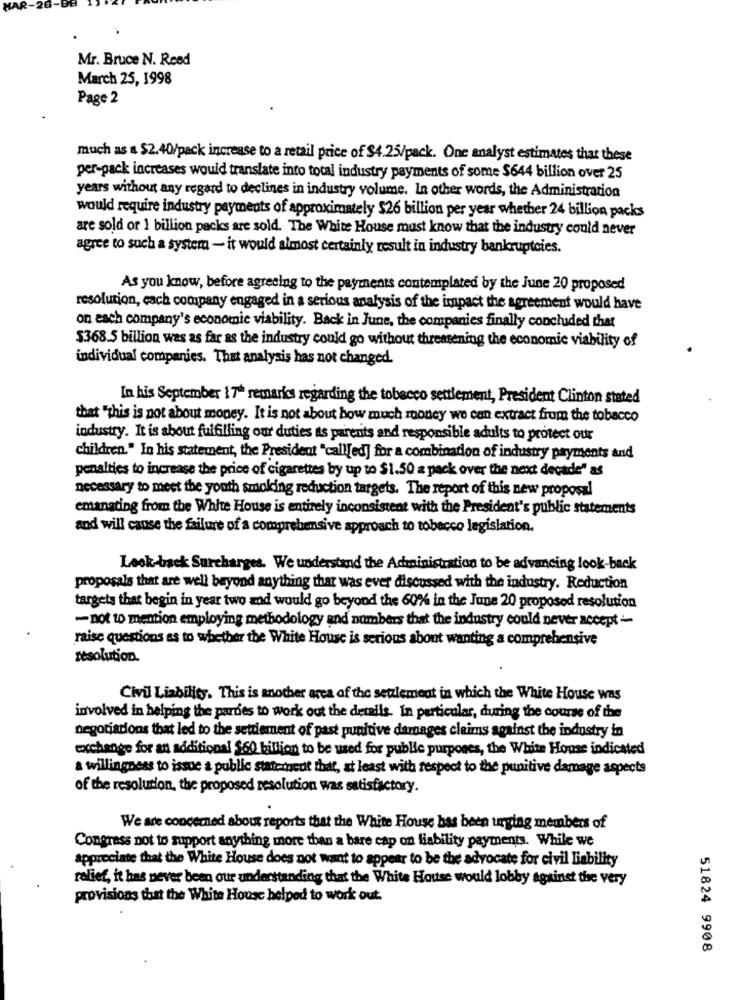
Mr. Bruce N. Reed
March 25, 1998
Page 2
much as a $2.40/pack increase to a retail price of $4.25/pack. One analyst estimates that these
per-pack increases would translate into total industry payments of some $644 billion over 25
years without any regard to declines in industry volume. In other words, the Administration
would require industry payments of approximately $26 billion per year whether 24 billion packs
are sold or 1 billion packs are sold. The White House must know that the industry could never
agree to such a system - it would almost certainly result in industry bankruptcies.
As you know, before agreeing to the payments contemplated by the June 20 proposed
resolution, cach company engaged in a serious analysis of the impact the agreement would have
on each company's economic viability. Back in June, the companies finally concluded that
$368.5 billion was as far as the industry could go without threatening the economic viability of
individual companies. That analysis has not changed.
In his September 17ª remarks regarding the tobacco seulement, President Clinton stated
that "this is not about money. It is not about how much money we can extract from the tobacco
industry. It is about fulfilling our duties as parents and responsible adults to protect our
children." In his statement, the President "call[ed] for a combination of industry payments and
penalties to increase the price of cigarettes by up to $1.50 a pack over the next decade" as
necessary to meet the youth smoking reduction targets. The report of this new proposal
emanating from the White House is entirely inconsistent with the President's public statements
and will cause the failure of a comprehensive approach to tobacco legislation.
Look-back Surcharges. We understand the Administration to be advancing look-back
proposals that are well beyond anything that was ever discussed with the industry. Reduction
targets that begin in year two zad would go beyond the 60% in the June 20 proposed resolution
- not to mention employing methodology and numbers that the industry could never accept -
raise questions as to whether the White House is serious about wanting a comprehensive
resolution.
Civil Liability. This is another area of the settlement in which the White House was
involved in helping the parties to work out the details. In particular, during the course of the
negotiations that led to the settlement of past punitive damages claims against the industry in
exchange for an additional $60 billion to be used for public purposes, the White House indicated
a willingness to issue a public staterneut that, at least with respect to the punitive damage aspects
of the resolution, the proposed resolution was satisfactory.
We are concerned about reports that the White House bas been urging members of
Congress not to support anything more than a bare cap on liability payments. While we
appreciate that the White House does not want to appear to be the advocate for civil liability
relief, it has never been our understanding that the White House would lobby against the very
provisions that the White House helped to work out.
51824 9908